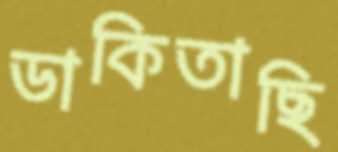
ডাকিতাছি